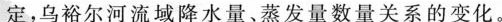
定，乌裕尔河流域降水量、蒸发量数量关系的变化。